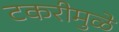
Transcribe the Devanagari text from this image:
टकरीमुळे